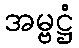
အမ္ဗဋ္ဌံ